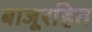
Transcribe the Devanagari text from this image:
बाजूरहित